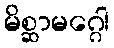
မိစ္ဆာမဂ္ဂေါ